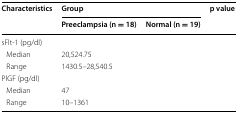
<table><thead><tr><td rowspan="2"><b>Characteristics</b></td><td colspan="2"><b>Group</b></td><td rowspan="2"><b>p value</b></td></tr><tr><td><b>Preeclampsia (n = 18)</b></td><td><b>Normal (n = 19)</b></td></tr></thead><tbody><tr><td>sFlt-1 (pg/dl)</td><td>[EMPTY_CELL]</td><td>[EMPTY_CELL]</td><td>[EMPTY_CELL]</td></tr><tr><td> Median</td><td>20,524.75</td><td>[EMPTY_CELL]</td><td>[EMPTY_CELL]</td></tr><tr><td> Range</td><td>1430.5–28,540.5</td><td>[EMPTY_CELL]</td><td>[EMPTY_CELL]</td></tr><tr><td colspan="4">PlGF (pg/dl)</td></tr><tr><td> Median</td><td>47</td><td>[EMPTY_CELL]</td><td>[EMPTY_CELL]</td></tr><tr><td> Range</td><td>10–1361</td><td>[EMPTY_CELL]</td><td>[EMPTY_CELL]</td></tr></tbody></table>